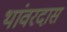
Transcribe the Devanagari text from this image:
थांवरदास